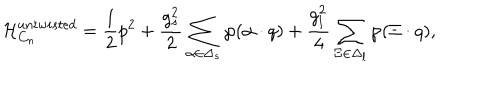
LaTeX: { \cal H } _ { C _ { n } } ^ { u n t w i s t e d } = { \frac { 1 } { 2 } } p ^ { 2 } + { \frac { g _ { s } ^ { 2 } } { 2 } } \sum _ { \alpha \in \Delta _ { s } } \wp ( \alpha \cdot q ) + { \frac { g _ { l } ^ { 2 } } { 4 } } \sum _ { \Xi \in \Delta _ { l } } \wp ( \Xi \cdot q ) ,